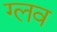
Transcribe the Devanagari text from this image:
ग्लव